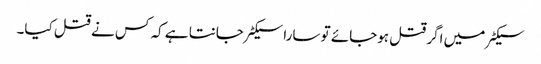
سیکٹر میں اگر قتل ہوجائے تو سارا سیکٹر جانتا ہے کہ کس نے قتل کیا۔